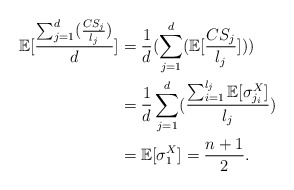
\begin{align*}\mathbb{E}[\frac{\sum_{j=1}^{d}(\frac{CS_j}{l_j})}{d}]&=\frac{1}{d}(\sum_{j=1}^{d}(\mathbb{E}[\frac{CS_j}{l_j}]))\\&=\frac{1}{d}\sum_{j=1}^{d}(\frac{\sum_{i=1}^{l_j}\mathbb{E}[\sigma^{X}_{j_i}]}{l_j})\\&=\mathbb{E}[\sigma^{X}_1]=\frac{n+1}{2}.\end{align*}